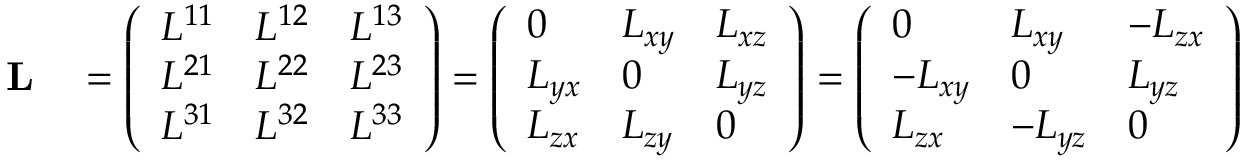
\begin{array} { r l } { \mathbf { L } } & { { } = { \left( \begin{array} { l l l } { L ^ { 1 1 } } & { L ^ { 1 2 } } & { L ^ { 1 3 } } \\ { L ^ { 2 1 } } & { L ^ { 2 2 } } & { L ^ { 2 3 } } \\ { L ^ { 3 1 } } & { L ^ { 3 2 } } & { L ^ { 3 3 } } \end{array} \right) } = { \left( \begin{array} { l l l } { 0 } & { L _ { x y } } & { L _ { x z } } \\ { L _ { y x } } & { 0 } & { L _ { y z } } \\ { L _ { z x } } & { L _ { z y } } & { 0 } \end{array} \right) } = { \left( \begin{array} { l l l } { 0 } & { L _ { x y } } & { - L _ { z x } } \\ { - L _ { x y } } & { 0 } & { L _ { y z } } \\ { L _ { z x } } & { - L _ { y z } } & { 0 } \end{array} \right) } } \end{array}